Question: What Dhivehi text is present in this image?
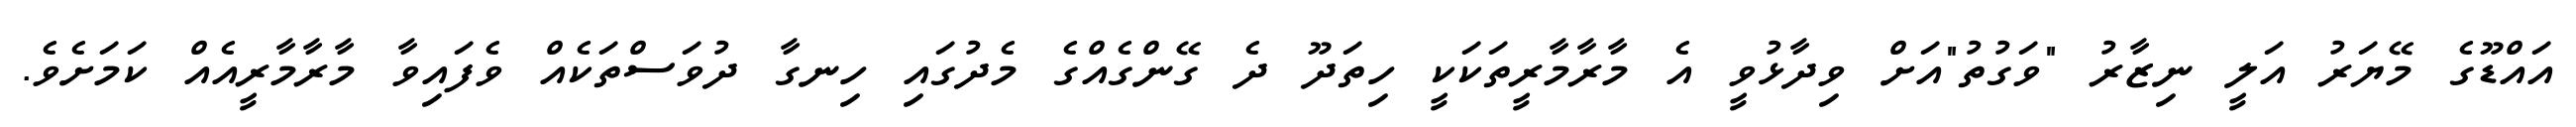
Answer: އައްޑޫގެ މޭޔަރު އަލީ ނިޒާރު "ވަގުތު"އަށް ވިދާޅުވީ އެ މާރާމާރީތަކަކީ ހިތަދޫ ދެ ގޭންގެއްގެ މެދުގައި ހިނގާ ދުވަސްތަކެއް ވެފައިވާ މާރާމާރީއެއް ކަމަށެވެ.